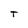
Character: T